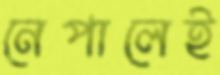
নেপালেই